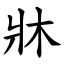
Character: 牀